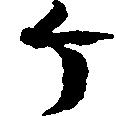
ヶ